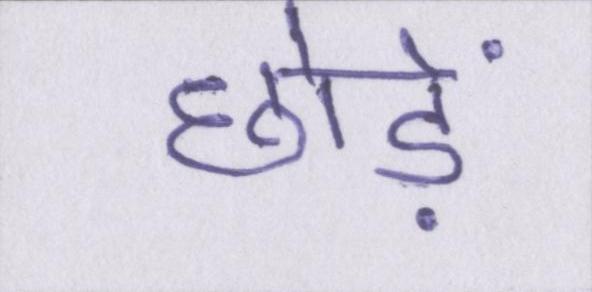
छोड़ें